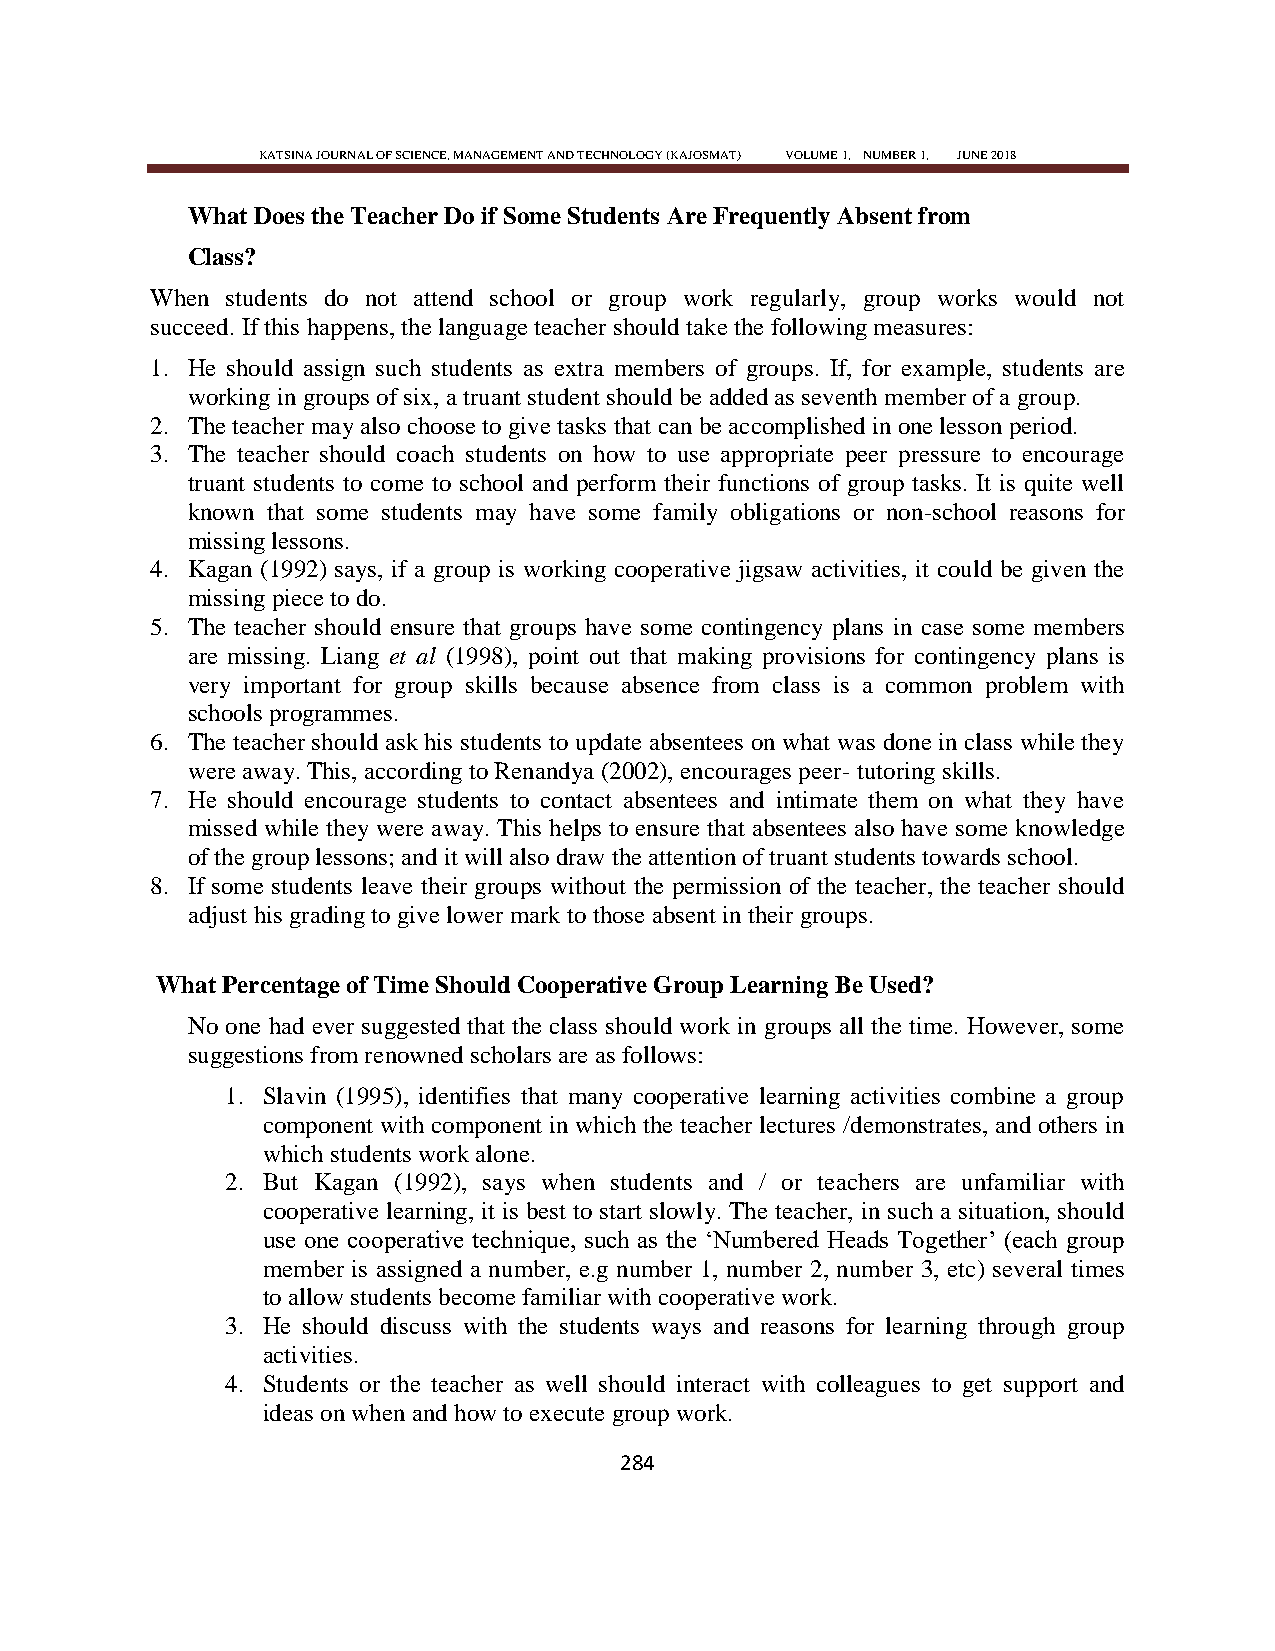
KATSINA JOURNAL OF SCIENCE, MANAGEMENT AND TECHNOLOGY (KAJOSMAT) VOLUME 1, NUMBER 1, JUNE 2018
 What Does the Teacher Do if Some Students Are Frequently Absent from
 Class?
 When students do not attend school or group work regularly, group works would not
 succeed. If this happens, the language teacher should take the following measures:
 1. He should assign such students as extra members of groups. If, for example, students are
 working in groups of six, a truant student should be added as seventh member of a group.
 2. The teacher may also choose to give tasks that can be accomplished in one lesson period.
 3. The teacher should coach students on how to use appropriate peer pressure to encourage
 truant students to come to school and perform their functions of group tasks. It is quite well
 known that some students may have some family obligations or non-school reasons for
 missing lessons.
 4. Kagan (1992) says, if a group is working cooperative jigsaw activities, it could be given the
 missing piece to do.
 5. The teacher should ensure that groups have some contingency plans in case some members
 are missing. Liang et al (1998), point out that making provisions for contingency plans is
 very important for group skills because absence from class is a common problem with
 schools programmes.
 6. The teacher should ask his students to update absentees on what was done in class while they
 were away. This, according to Renandya (2002), encourages peer- tutoring skills.
 7. He should encourage students to contact absentees and intimate them on what they have
 missed while they were away. This helps to ensure that absentees also have some knowledge
 of the group lessons; and it will also draw the attention of truant students towards school.
 8. If some students leave their groups without the permission of the teacher, the teacher should
 adjust his grading to give lower mark to those absent in their groups.
 What Percentage of Time Should Cooperative Group Learning Be Used?
 No one had ever suggested that the class should work in groups all the time. However, some
 suggestions from renowned scholars are as follows:
 1. Slavin (1995), identifies that many cooperative learning activities combine a group
 component with component in which the teacher lectures /demonstrates, and others in
 which students work alone.
 2. But Kagan (1992), says when students and / or teachers are unfamiliar with
 cooperative learning, it is best to start slowly. The teacher, in such a situation, should
 use one cooperative technique, such as the ‗Numbered Heads Together‘ (each group
 member is assigned a number, e.g number 1, number 2, number 3, etc) several times
 to allow students become familiar with cooperative work.
 3. He should discuss with the students ways and reasons for learning through group
 activities.
 4. Students or the teacher as well should interact with colleagues to get support and
 ideas on when and how to execute group work.
 284